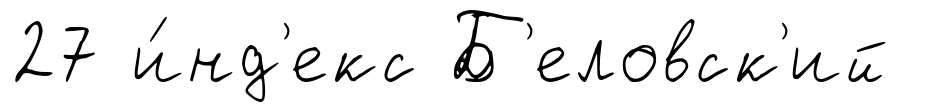
27 и́нд'екс Б'еловск'ий